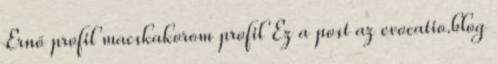
Ernő profil macskakorom profil Ez a post az evocatio.blog